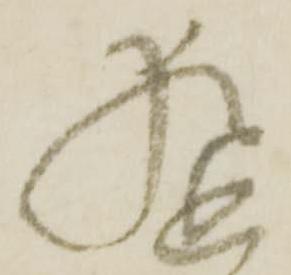
猶